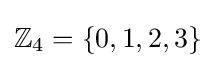
\mathbb {Z} _{4}=\{0,1,2,3\}